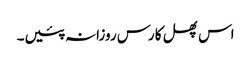
اس پھل کا رس روزانہ پئیں۔